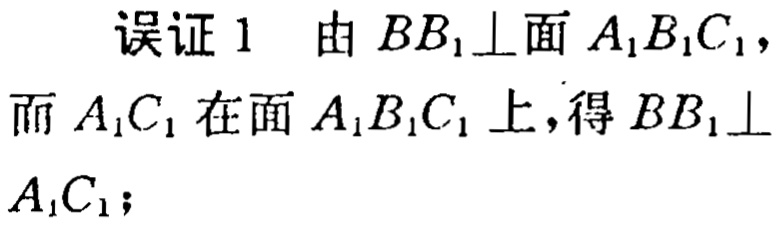
误证 1 由 \(BB_{1}\perp\)面 \(A_{1}B_{1}C_{1}\)，而 \(A_{1}C_{1}\)在面 \(A_{1}B_{1}C_{1}\)上，得 \(BB_{1}\perp A_{1}C_{1}\)；